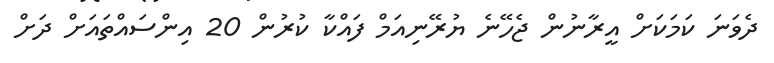
ދެވަނަ ކަމަކަށް އީރާނުން ޖެހޭނެ ޔުރޭނިއަމް ފައްކާ ކުރުން 20 އިންސައްތައަށް ދަށް